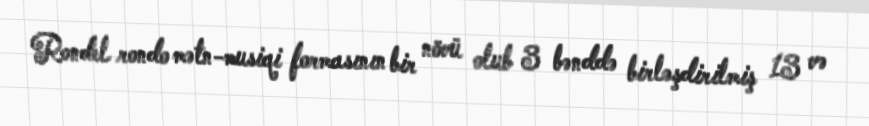
Rondel rondo mətn-musiqi formasının bir növü olub 3 bənddə birləşdirilmiş 13 və